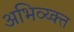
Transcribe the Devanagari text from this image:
अभिव्य्क्त